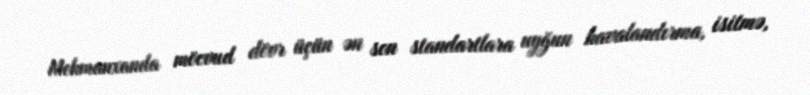
Mehmanxanda möcvud dövr üçün ən son standartlara uyğun havalandırma, isitmə,